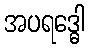
အပရဒ္ဓေါ